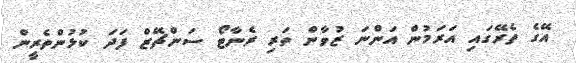
އޭގެ ތެރޭގައި އަރަމުން އަންނަ ޒުވާން ތަރި ރެނާޓޯ ސަންޗޭޒް ފަދަ ކުޅުންތެރީން